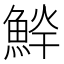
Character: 𱆱